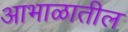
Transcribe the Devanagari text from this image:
आभाळातील